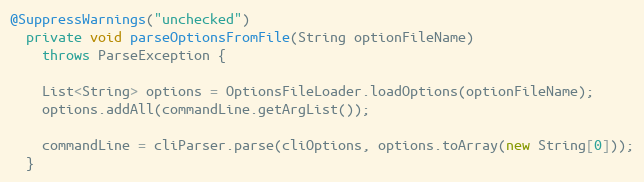
Language: Java
@SuppressWarnings("unchecked")
  private void parseOptionsFromFile(String optionFileName)
    throws ParseException {

    List<String> options = OptionsFileLoader.loadOptions(optionFileName);
    options.addAll(commandLine.getArgList());

    commandLine = cliParser.parse(cliOptions, options.toArray(new String[0]));
  }